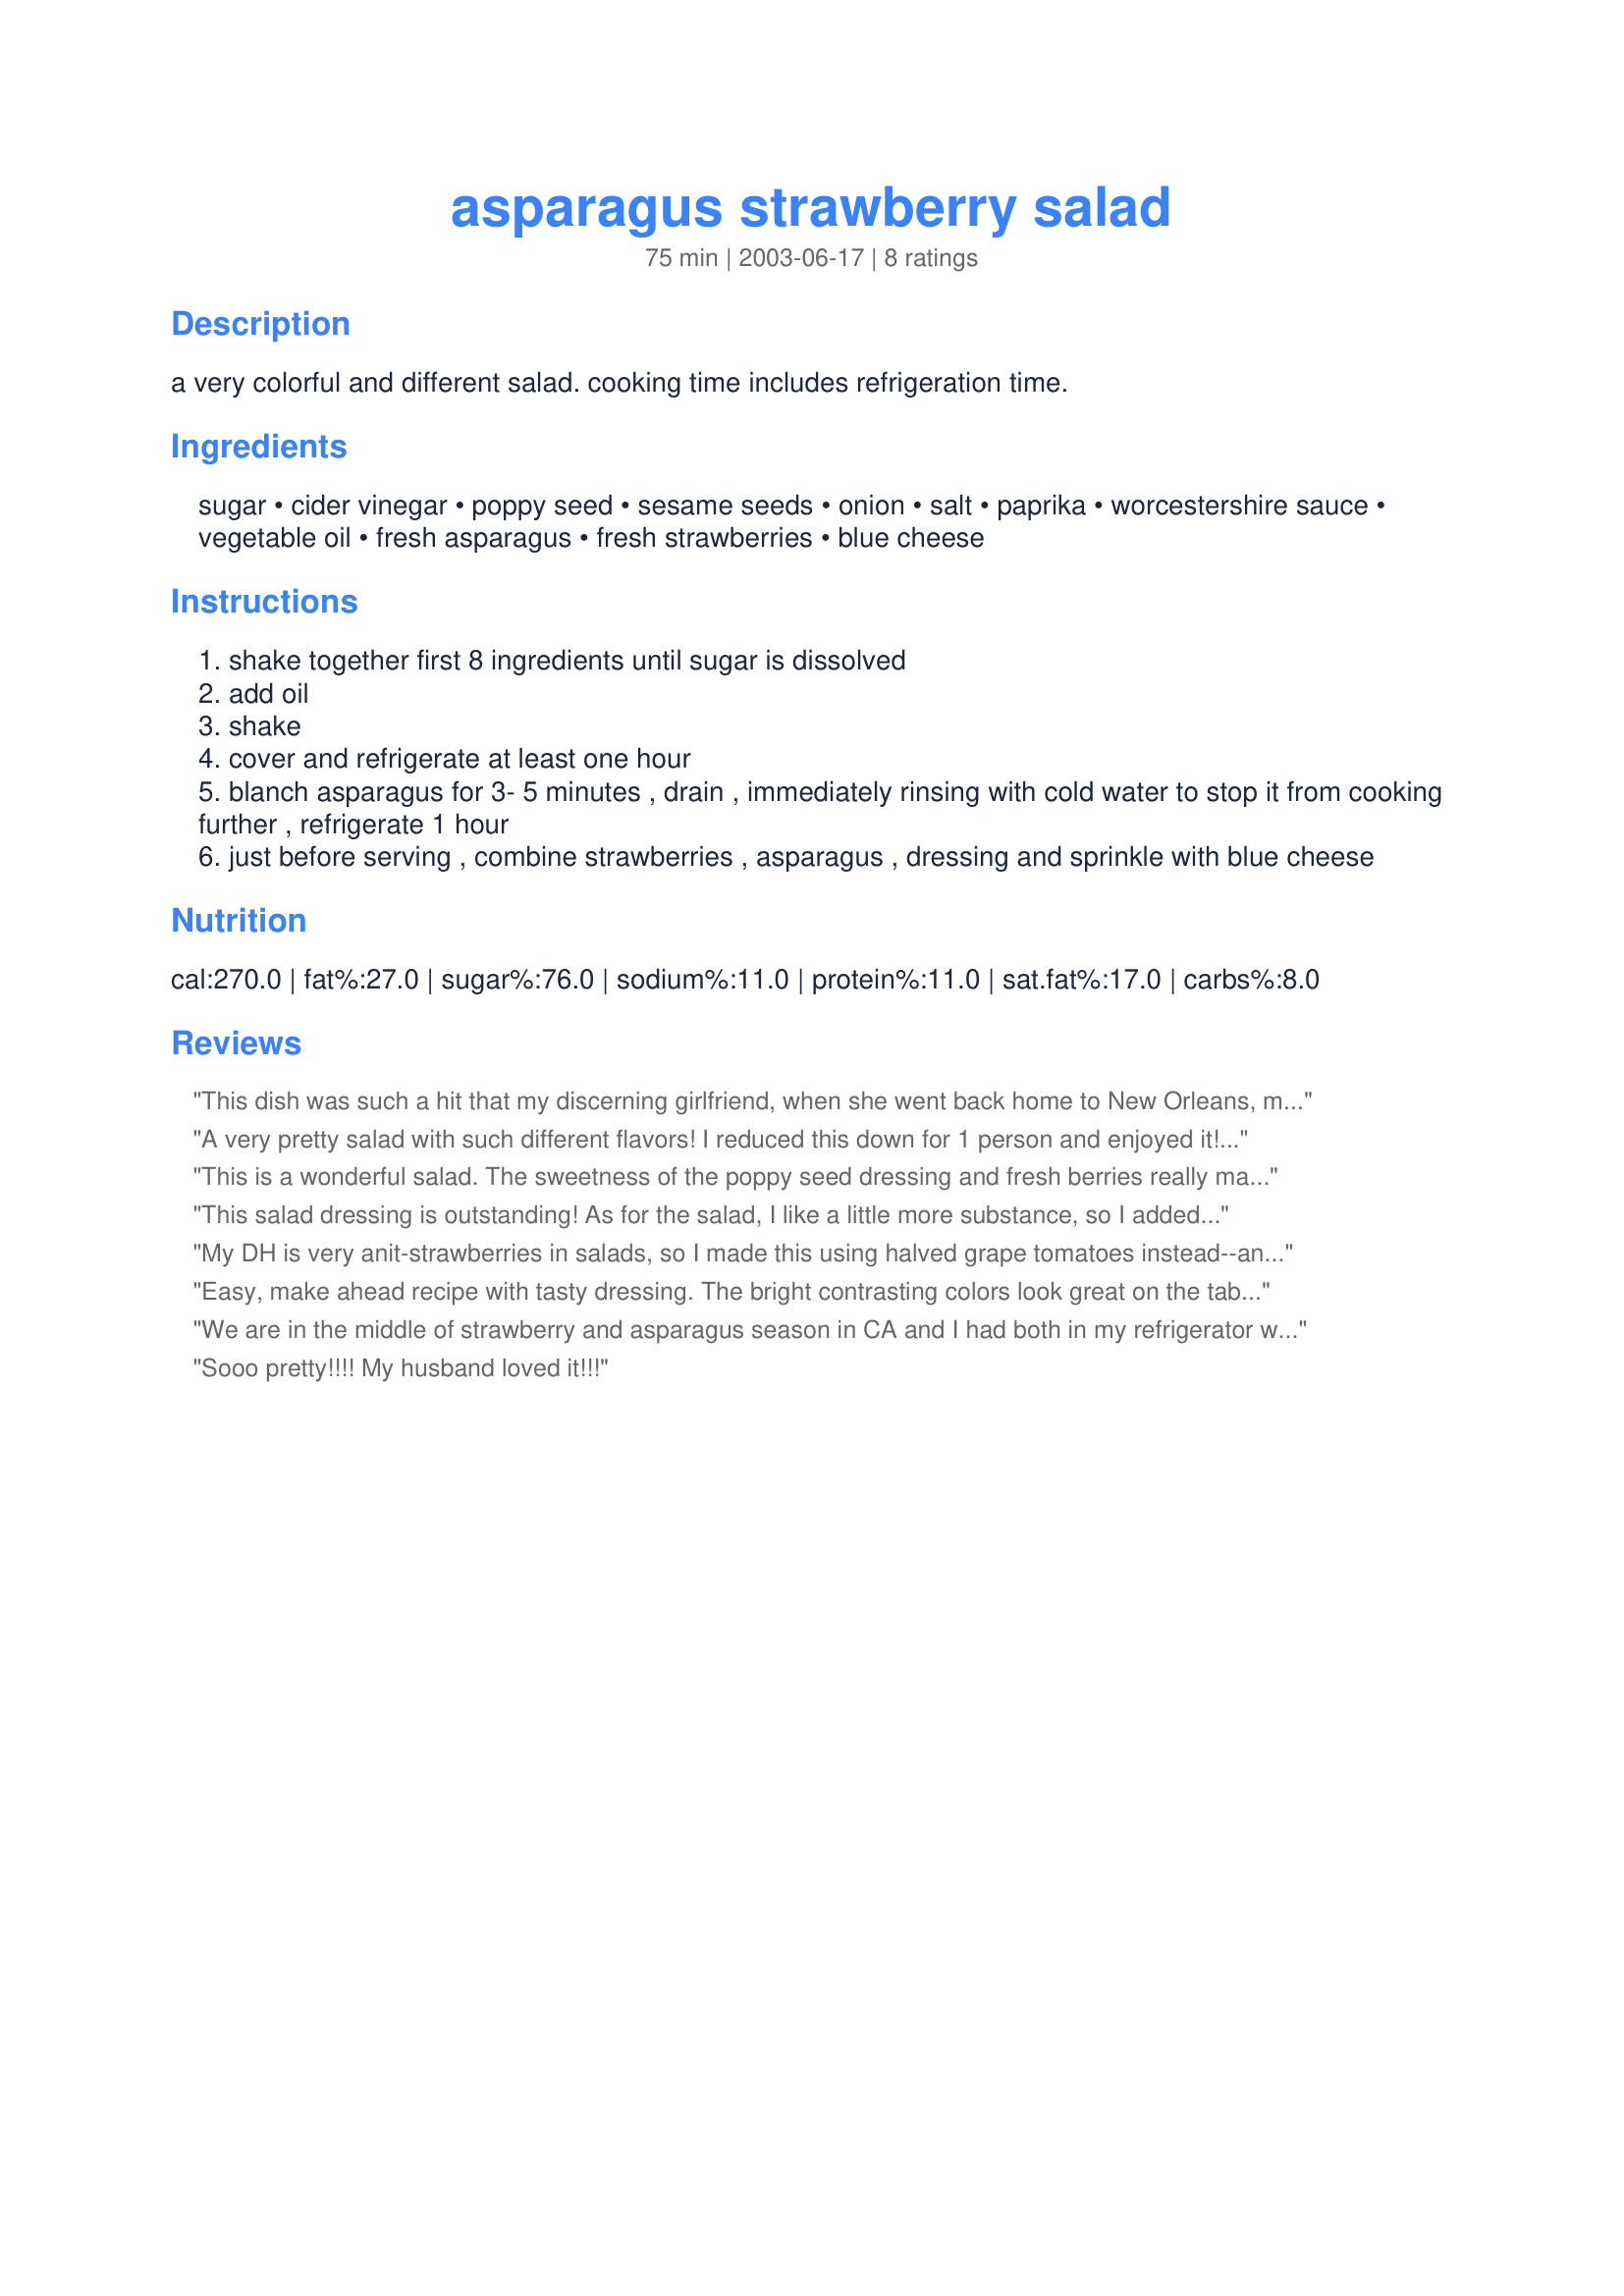
asparagus strawberry salad
Preparation time: 75 minutes

a very colorful and different salad. cooking time includes refrigeration time.

Ingredients:
sugar, cider vinegar, poppy seed, sesame seeds, onion, salt, paprika, worcestershire sauce, vegetable oil, fresh asparagus, fresh strawberries, blue cheese

Steps:
shake together first 8 ingredients until sugar is dissolved
add oil
shake
cover and refrigerate at least one hour
blanch asparagus for 3- 5 minutes , drain , immediately rinsing with cold water to stop it from cooking further , refrigerate 1 hour
just before serving , combine strawberries , asparagus , dressing and sprinkle with blue cheese

Reviews:
This dish was such a hit that my discerning girlfriend, when she went back home to New Orleans, made it for her mother.
A very pretty salad with such different flavors! I reduced this down for 1 person and enjoyed it! Thank you Nimz!
This is a wonderful salad. The sweetness of the poppy seed dressing and fresh berries really makes a winning combination. The ingredients were prepared and chilled in the refrigerator while the rest of dinner was cooking. Not having the blue cheese, I substituted feta with great success. This would be a wonderful salad for summer cookouts.
This salad dressing is outstanding! As for the salad, I like a little more substance, so I added baby romaine and chopped spiced pecans. A wonderful combination that I will make again. Blue cheese was a wonderful addition.
My DH is very anit-strawberries in salads, so I made this using halved grape tomatoes instead--and it was still great!!! Wonderful dressing and great flavor combination! (My other substitute was to use a couple of dashes of onion powder in place of the grated onion.) This is definitely a keeper and would be great for a potluck! Thank you!!!
Easy, make ahead recipe with tasty dressing. The bright contrasting colors look great on the table too. Wasn't sure about the combination of asparagus and strawberry but it works. This did make a lot of dressing. I added it just to coat (we don't like things swimming in dressing) and saved the rest for extra strawberries or another salad. I didn't use the blue cheese since we don't like it.
We are in the middle of strawberry and asparagus season in CA and I had both in my refrigerator when I came across this recipe, so I decided to try it. This was a delightful salad, even though I was a little leary of the combination. I did not have or use the blue cheese. We ate this with sweet and sour pork chops (using fresh pineapple.) The tastes couldn't have been better together!! Thanks for the new recipe! Can't wait to introduce it to friends.
Sooo pretty!!!! My husband loved it!!!
